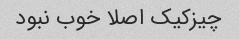
چیزکیک اصلا خوب نبود